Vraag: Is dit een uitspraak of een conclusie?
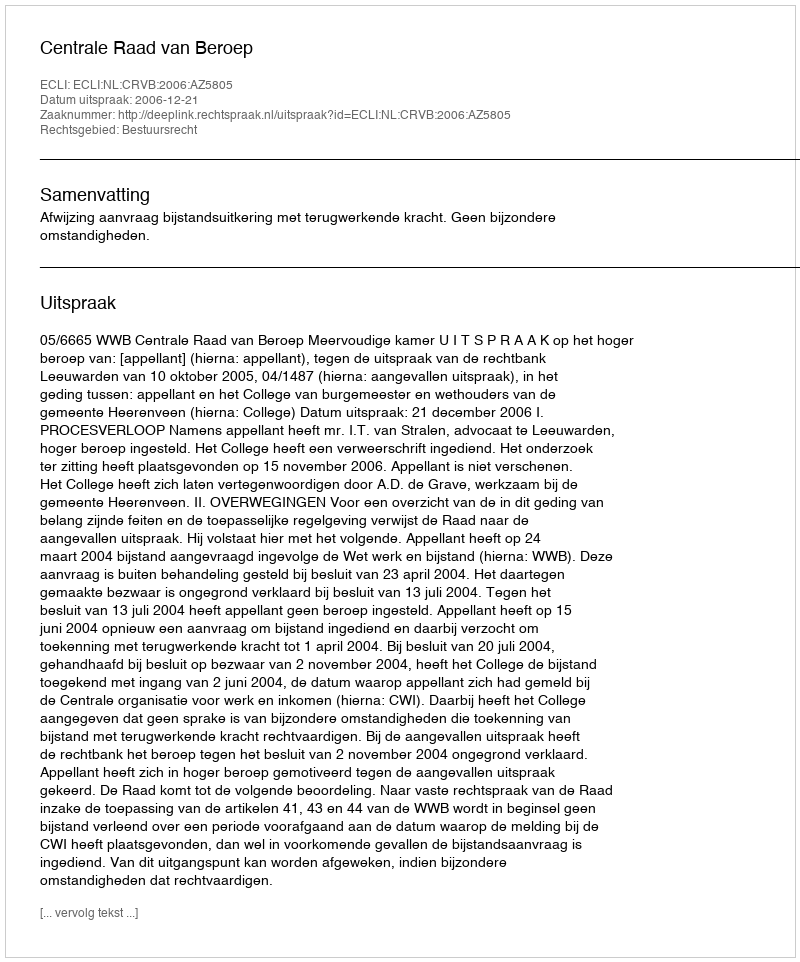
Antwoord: Uitspraak